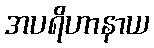
အပရိဟာနာယ